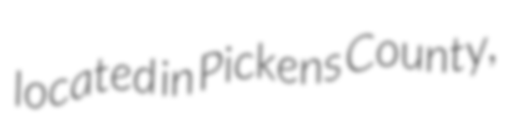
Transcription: located in Pickens County,